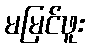
မမြင်ဖူး